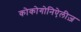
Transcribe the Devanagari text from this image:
कोकोगोनिऐलीज़